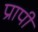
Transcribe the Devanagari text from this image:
प्रापी